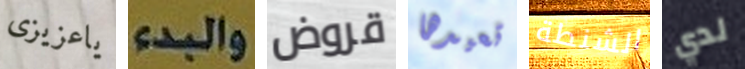
ياعزيزى والبدء قروض تعيدها الشنطة لدي